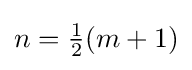
n={\tfrac {1}{2}}(m+1)